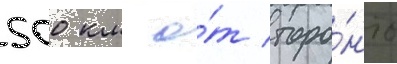
500 км о́т торо́нто